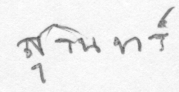
สุรินทร์